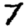
Digit: 7